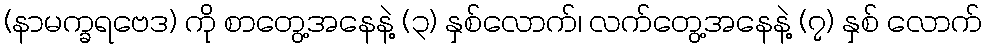
(နာမက္ခရဗေဒ) ကို စာတွေ့အနေနဲ့ (၃) နှစ်လောက်၊ လက်တွေ့အနေနဲ့ (၇) နှစ် လောက်